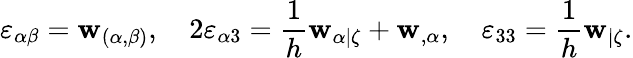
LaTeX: \varepsilon_{\alpha\beta}=\mathbf{w}_{(\alpha,\beta)},\quad2\varepsilon_{\alpha3}=\frac{{1}}{{h}}\mathbf{w}_{\alpha|\zeta}+\mathbf{w}_{,\alpha},\quad\varepsilon_{33}=\frac{{1}}{{h}}\mathbf{w}_{|\zeta}.